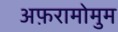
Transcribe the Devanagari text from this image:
अफ़रामोमुम